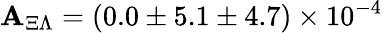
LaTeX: \mathbf{A}_{\Xi\Lambda}=(0.0\pm5.1\pm4.7)\times10^{-4}